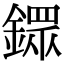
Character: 𨬹